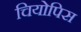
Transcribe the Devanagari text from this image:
चियोपिस